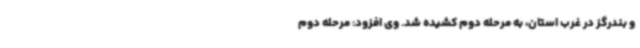
و بندرگز در غرب استان، به مرحله دوم کشیده شد. وی افزود: مرحله دوم